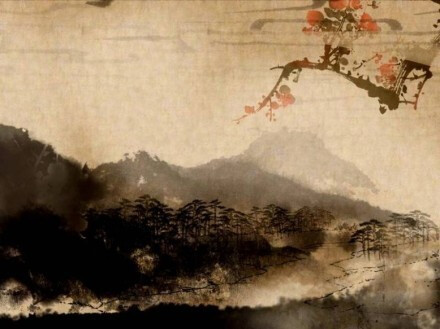
山远天高烟水寒，相思枫叶丹。